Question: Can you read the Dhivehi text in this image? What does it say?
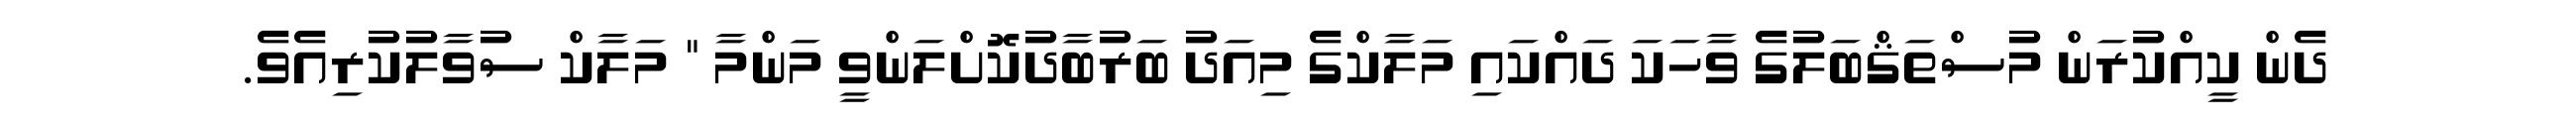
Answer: ދެން ކީއްކުރަން މުސްތަޤްބަލުގެ ވާހަކަ ދައްކައި މަލާކްގެ މިއަދު ބަރުބާދުކޮށްލަންވީ މަންމާ " މަލާކް ސުވާލުކުރިއެވެ.